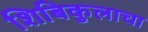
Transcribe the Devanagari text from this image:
शिबिकुलाचा